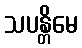
သပန္တိမေ